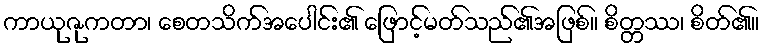
ကာယုဇုကတာ၊ စေတသိက်အပေါင်း၏ ဖြောင့်မတ်သည်၏အဖြစ်။ စိတ္တဿ၊ စိတ်၏။